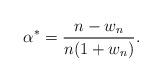
LaTeX: \begin{align*} \alpha^{\ast}= \frac{n-w_{n}}{n(1+w_{n})}.\end{align*}